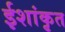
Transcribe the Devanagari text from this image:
ईशांकृत